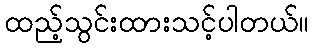
ထည့်သွင်းထားသင့်ပါတယ်။